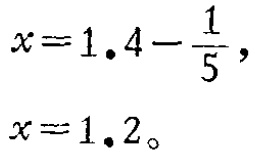
\[

\begin{align*}

x&=1.4 - \frac{1}{5},\\

x&=1.2。

\end{align*}

\]